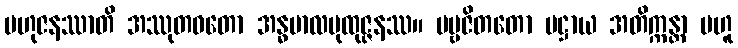
ဗဟုဇနဿာတိ အဿုတဝတော အန္ဓဗာလပုထုဇ္ဇနဿ။ ပဗ္ဗဇိတတော ပဋ္ဌာယ အတိက္ကန္တာ ဗဟူ